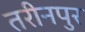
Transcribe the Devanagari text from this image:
तरीनपुर